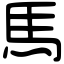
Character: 馬